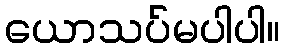
ယောသပ်မပါပါ။